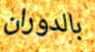
بالدوران